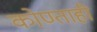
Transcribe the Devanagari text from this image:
कोण्ताही